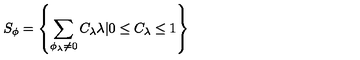
S _ { \phi } = \left\{ \sum _ { { \phi } _ { \lambda } \neq 0 } C _ { \lambda } \lambda | 0 \leq C _ { \lambda } \leq 1 \right\}